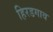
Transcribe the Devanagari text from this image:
हिरडगाव